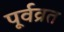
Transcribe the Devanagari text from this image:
पूर्वव्रत